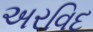
અરવિદ